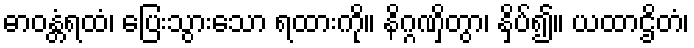
ဓာဝန္တံရထံ၊ ပြေးသွားသော ရထားကို။ နိဂ္ဂဏှိတွာ၊ နှိပ်၍။ ယထာဌိတံ၊